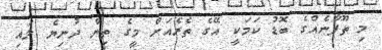
މި ތޫފާނެއްގެ ބޮޑު ކަމަކީ އޭގެ ތެރެއަށް މީގެ ތިން ދުނިޔެ ލައި